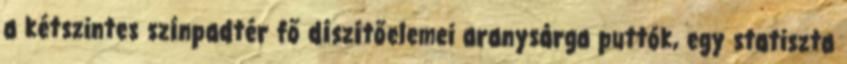
a kétszintes színpadtér fő díszítőelemei aranysárga puttók, egy statiszta